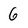
Character: 6